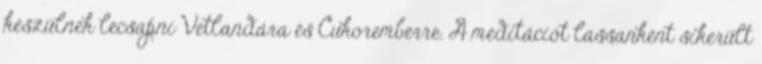
készülnek lecsapni Vetlandára és Cukoremberre. A meditációt lassanként sikerült